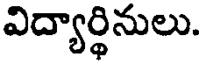
విద్యార్థినులు.